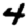
Digit: 4